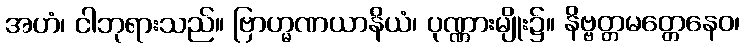
အဟံ၊ ငါဘုရားသည်။ ဗြာဟ္မဏယာနိယံ၊ ပုဏ္ဏားမျိုး၌။ နိဗ္ဗတ္တမတ္တေနေဝ၊